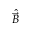
\hat { \vec { B } }